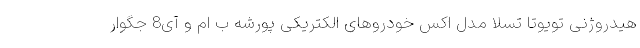
هیدروژنی تویوتا تسلا مدل اکس خودروهای الکتریکی پورشه ب ام و آی8 جگوار